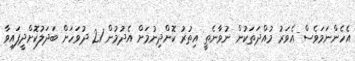
އެހެންނަމަވެސް އެވަރު މުއްދަތަކުން ނުވާނެތީ އިތުރު ކޮށްދިނުމަށް އެދުމުން 21 ދުވަހަށް ބަދަލުކޮށްދީފައިވާ